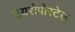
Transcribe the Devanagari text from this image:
एयरोपोस्टेल